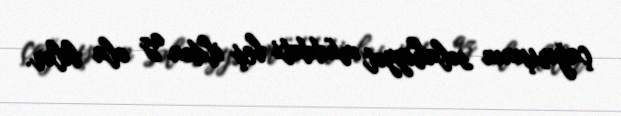
çağırışının səlahiyyət müddəti beş ildən az ola bilər.